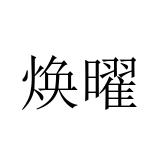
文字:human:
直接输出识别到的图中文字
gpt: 焕曜